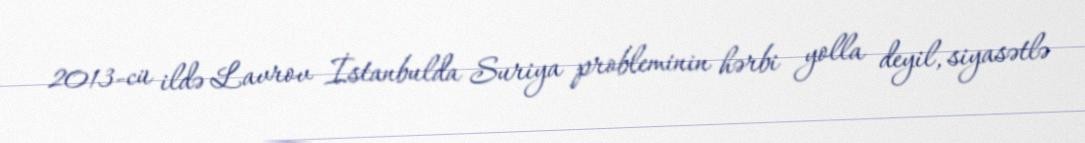
2013-cü ildə Lavrov İstanbulda Suriya probleminin hərbi yolla deyil, siyasətlə